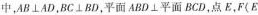
中，AB \bot AD，BC \bot BD，平面ABD \bot 平面BCD，点E，F(E